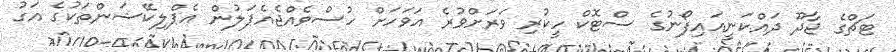
ޓަޗްގެ ޖާދޫ ދައްކަނީއައިފޯނުގެ ސްޓޮކް ހީކުރި ވަރަށްވުރެ އަވަހަށް ހުސްވެއްޖެއެޕަލުން އެޕްލިކޭޝަންތަކުގެ އަގު